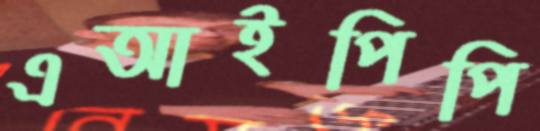
এআইপিপি